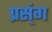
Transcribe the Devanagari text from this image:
प्रस्ंग